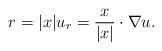
LaTeX: \begin{align*}r = |x| u_r = \dfrac{x}{|x|} \cdot \nabla u.\end{align*}